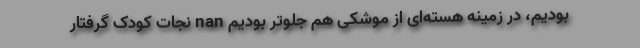
بودیم، در زمینه هسته‌ای از موشکی هم جلوتر بودیم nan نجات کودک گرفتار